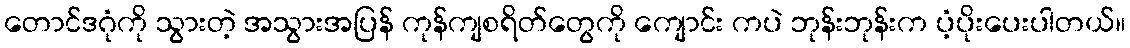
တောင်ဒဂုံကို သွားတဲ့ အသွားအပြန် ကုန်ကျစရိတ်တွေကို ကျောင်း ကပဲ ဘုန်းဘုန်းက ပံ့ပိုးပေးပါတယ်။